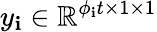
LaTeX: y_{\mathbf{i}}\in\mathbb{{R}}^{\phi_{\mathbf{i}}t\times1\times1}